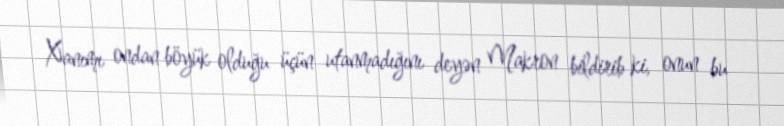
Xanımı ondan böyük olduğu üçün utanmadığını deyən Makron bildirib ki, onun bu